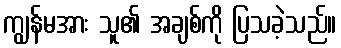
ကျွန်မအား သူ၏ အချစ်ကို ပြသခဲ့သည်။